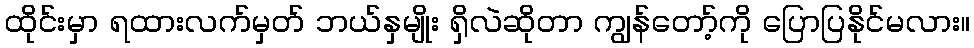
ထိုင်းမှာ ရထားလက်မှတ် ဘယ်နှမျိုး ရှိလဲဆိုတာ ကျွန်တော့်ကို ပြောပြနိုင်မလား။